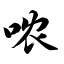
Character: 哝